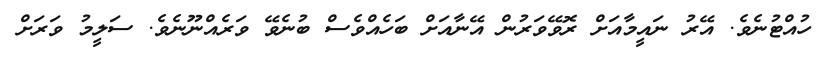
ހުއްޓުނެވެ. އޭރު ނައީމާއަށް ރޮވޭވަރުން އޭނާއަށް ބަހެއްވެސް ބުނެވޭ ވަރެއްނޫނެވެ. ސަލީމު ވަރަށް